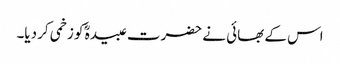
اس کے بھائی نے حضرت عبیدہؓ کو زخمی کر دیا۔